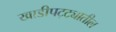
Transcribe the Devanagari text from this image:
खाडीपट्ट्यातील